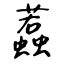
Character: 蠚